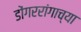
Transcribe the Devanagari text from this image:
डोंगररांगाच्या